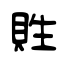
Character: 貹